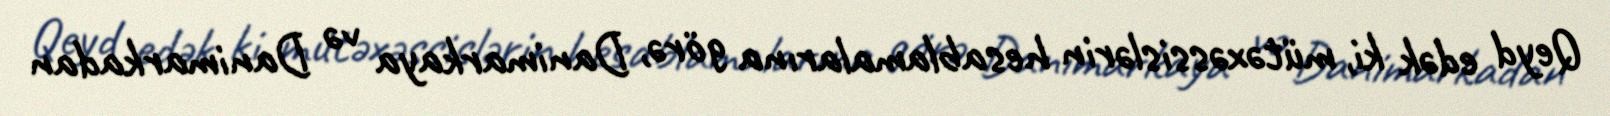
Qeyd edək ki, mütəxəssislərin hesablamalarına görə, Danimarkaya və Danimarkadan